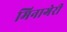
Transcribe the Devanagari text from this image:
मिनागेरी